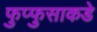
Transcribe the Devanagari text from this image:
फुप्फुसाकडे